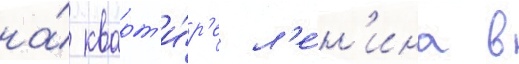
на́ кварт'и́р'е л'е́н'ина в